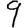
Digit: 9